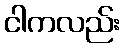
ငါကလည်း